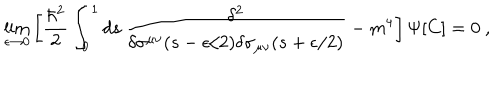
\lim _ { \epsilon \rightarrow 0 } \left[ { \frac { \hbar ^ { 2 } } { 2 } } \int _ { 0 } ^ { 1 } d s \, { \frac { \delta ^ { 2 } } { \delta \sigma ^ { \mu \nu } ( s - \epsilon / 2 ) \delta \sigma _ { \mu \nu } ( s + \epsilon / 2 ) } } - m ^ { 4 } \right] \Psi [ C ] = 0 \ ,